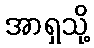
အာရှသို့